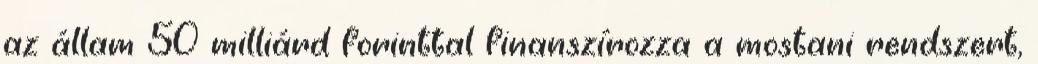
az állam 50 milliárd forinttal finanszírozza a mostani rendszert,